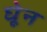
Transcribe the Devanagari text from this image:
घेून